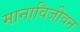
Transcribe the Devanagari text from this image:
मानाविजीवन